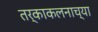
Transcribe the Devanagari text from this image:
तर्काकलनाच्या